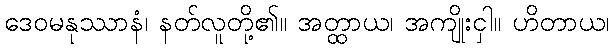
ဒေဝမနုဿာနံ၊ နတ်လူတို့၏။ အတ္ထာယ၊ အကျိုးငှါ။ ဟိတာယ၊